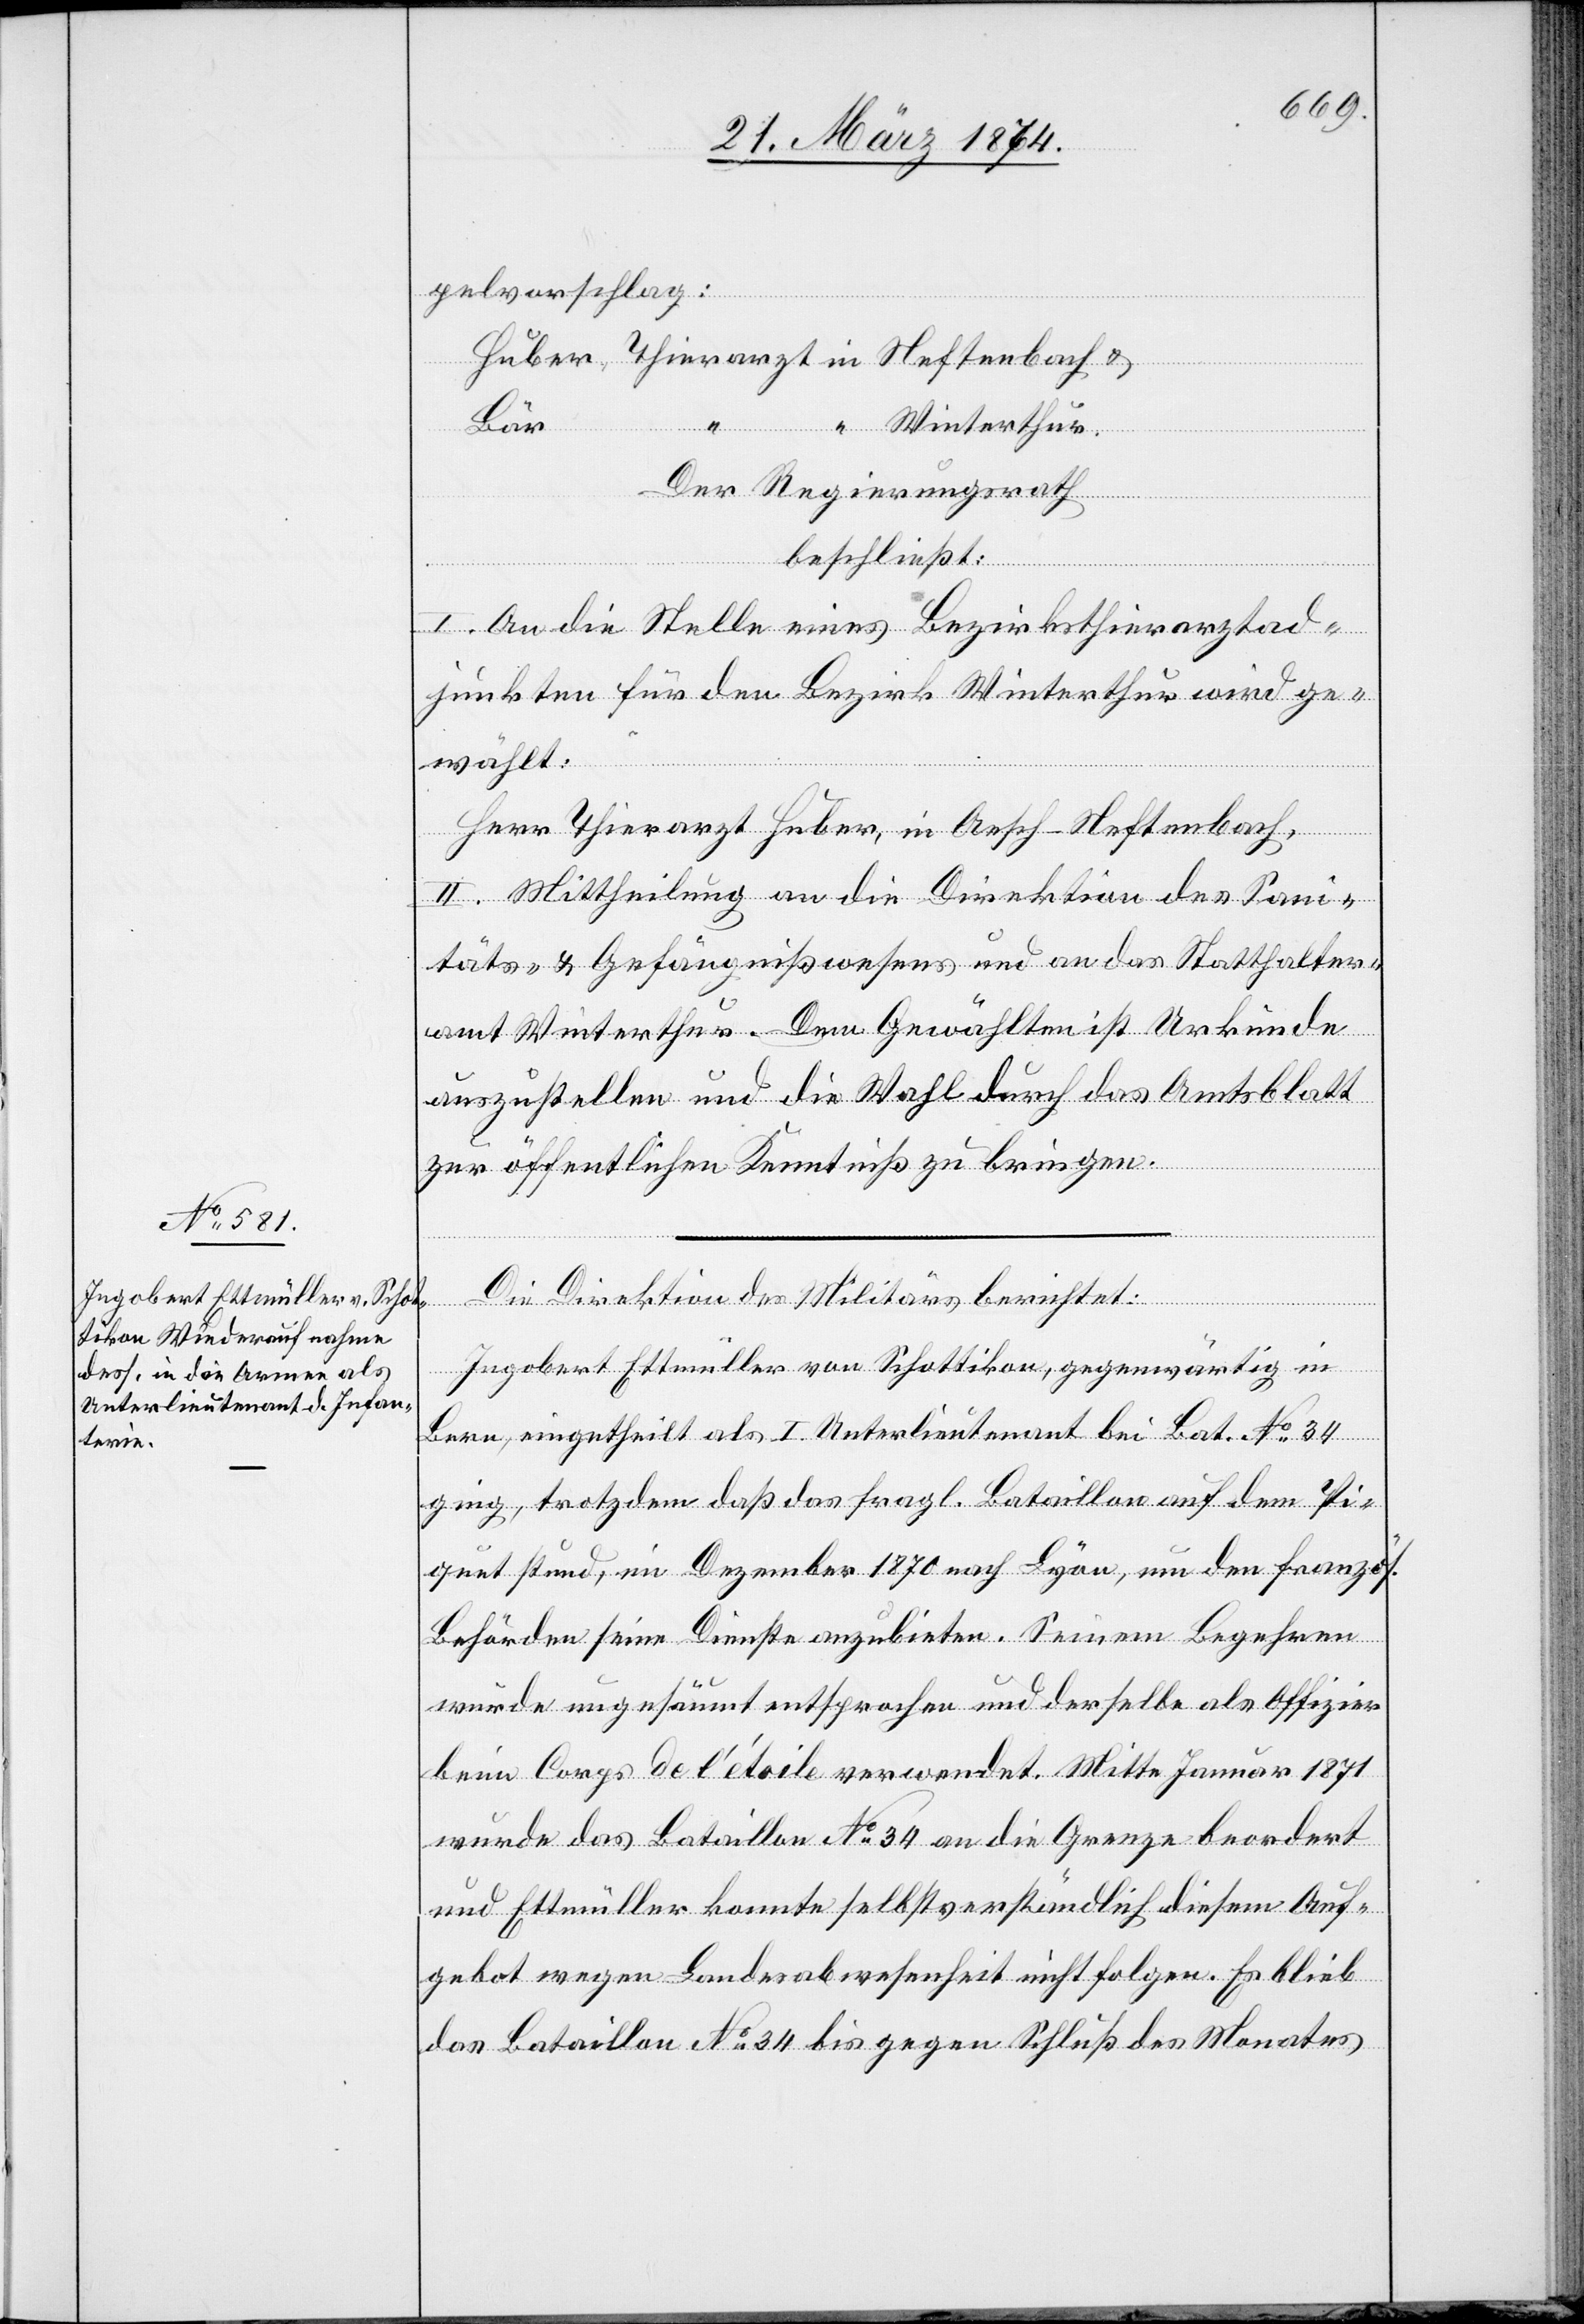
pelvorschlag:
Huber, Thierarzt in Neftenbach u.
“ Winterthur.
Der Regierungsrath
beschließt:
I. An die Stelle eines Bezirksthierarztad¬
junkten für den Bezirk Winterthur wird ge¬
wählt:
Herr Thierarzt Huber, in Aesch-Neftenbach,
II. Mittheilung an die Direktion des Sani¬
täts- u. Gefängnißwesens und an das Statthalter¬
amt Winterthur. Dem Gewählten ist Urkunde
auszustellen und die Wahl durch das Amtsblatt
zur öffentlichen Kenntniß zu bringen.
Die Direktion des Militärs berichtet:
Ingobert Ettmüller von Schottikon, gegenwärtig in
Bern, eingetheilt als I. Unterlieutenant bei Bat. No 34
ging, trotzdem daß das fragl. Bataillon auf dem Pi¬
quet stund, im Dezember 1870 nach Lyon, um den französ.
Behörden seine Dienste anzubieten. Seinem Begehren
wurde ungesäumt entsprochen und derselbe als Offizier
beim Coprs de l’étoile verwendet. Mitte Januar 1871
wurde das Bataillon No 34 an die Grenze beordert
und Ettmüller konnte selbstverständlich diesem Auf¬
gebot wegen Landesabwesenheit nicht folgen. Es blieb
das Bataillon No 34 bis gegen Schluß des Monates